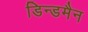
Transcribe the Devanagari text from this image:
डिन्डमैन